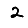
Digit: 2